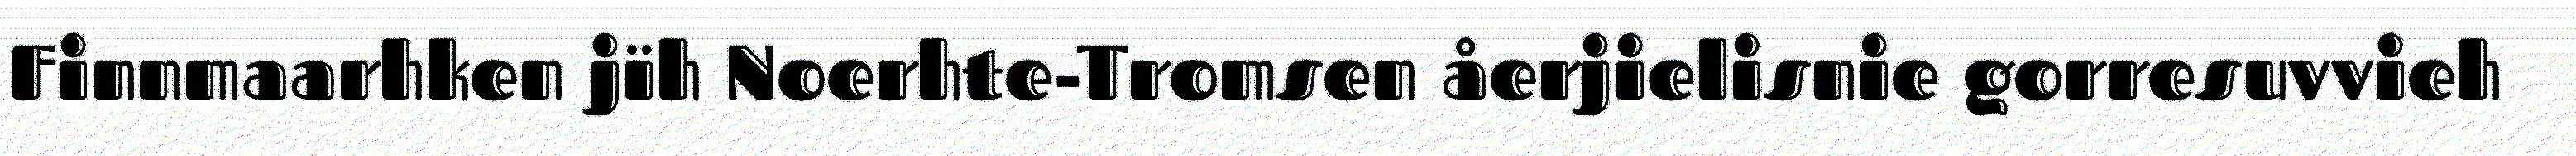
Finnmaarhken jïh Noerhte-Tromsen åerjielisnie gorresuvvieh